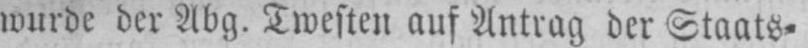
wurde der Abg. Twesten auf Antrag der Staats⸗